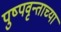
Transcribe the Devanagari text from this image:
पुष्पवृन्ताच्या